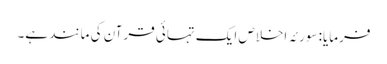
فرمایا: سورئہ اخلاص ایک تہائی قرآن کی مانند ہے۔